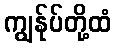
ကျွန်ုပ်တို့ထံ